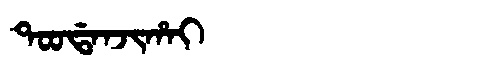
Manchu: ᡨᠣᠣᡩᠠᠨᠵᡳᡥᠠᡳ
Romanization: TOODANJIHAI